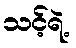
သင့်ရဲ့